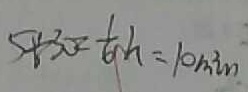
5 \div 3 0 = \frac { 1 } { 6 } h = 1 0 \min